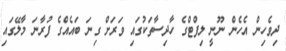
ދިވެހިން އެހެން ނޫނީ ލިފްޓްގެ ހާދިސާތަކުގައި ވަރަށް ގިނަ ބައެއްގެ ފުރާނަ މާލޭގައި